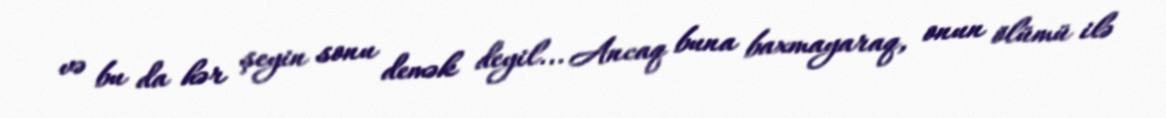
və bu da hər şeyin sonu demək deyil... Ancaq buna baxmayaraq, onun ölümü ilə